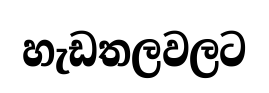
හැඩතලවලට